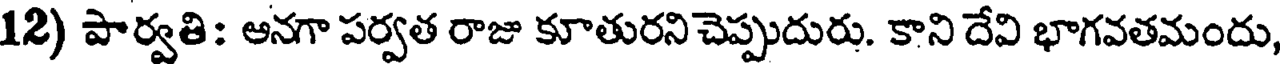
12) పార్వతి: అనగా పర్వత రాజు కూతురని చెప్పుదురు. కాని దేవి భాగవతమందు,